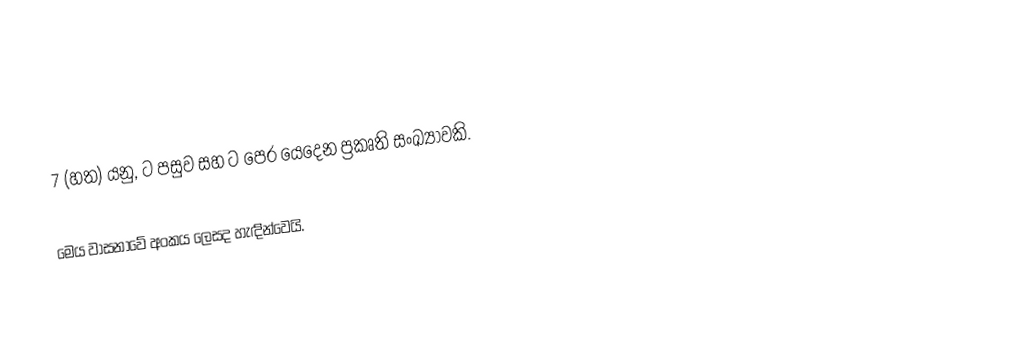
7 (හත) යනු,  ට පසුව සහ  ට පෙර යෙදෙන ප්‍රකෘති සංඛ්‍යාවකි.

මෙය වාසනාවේ අංකය ලෙසද හැඳින්වෙයි.